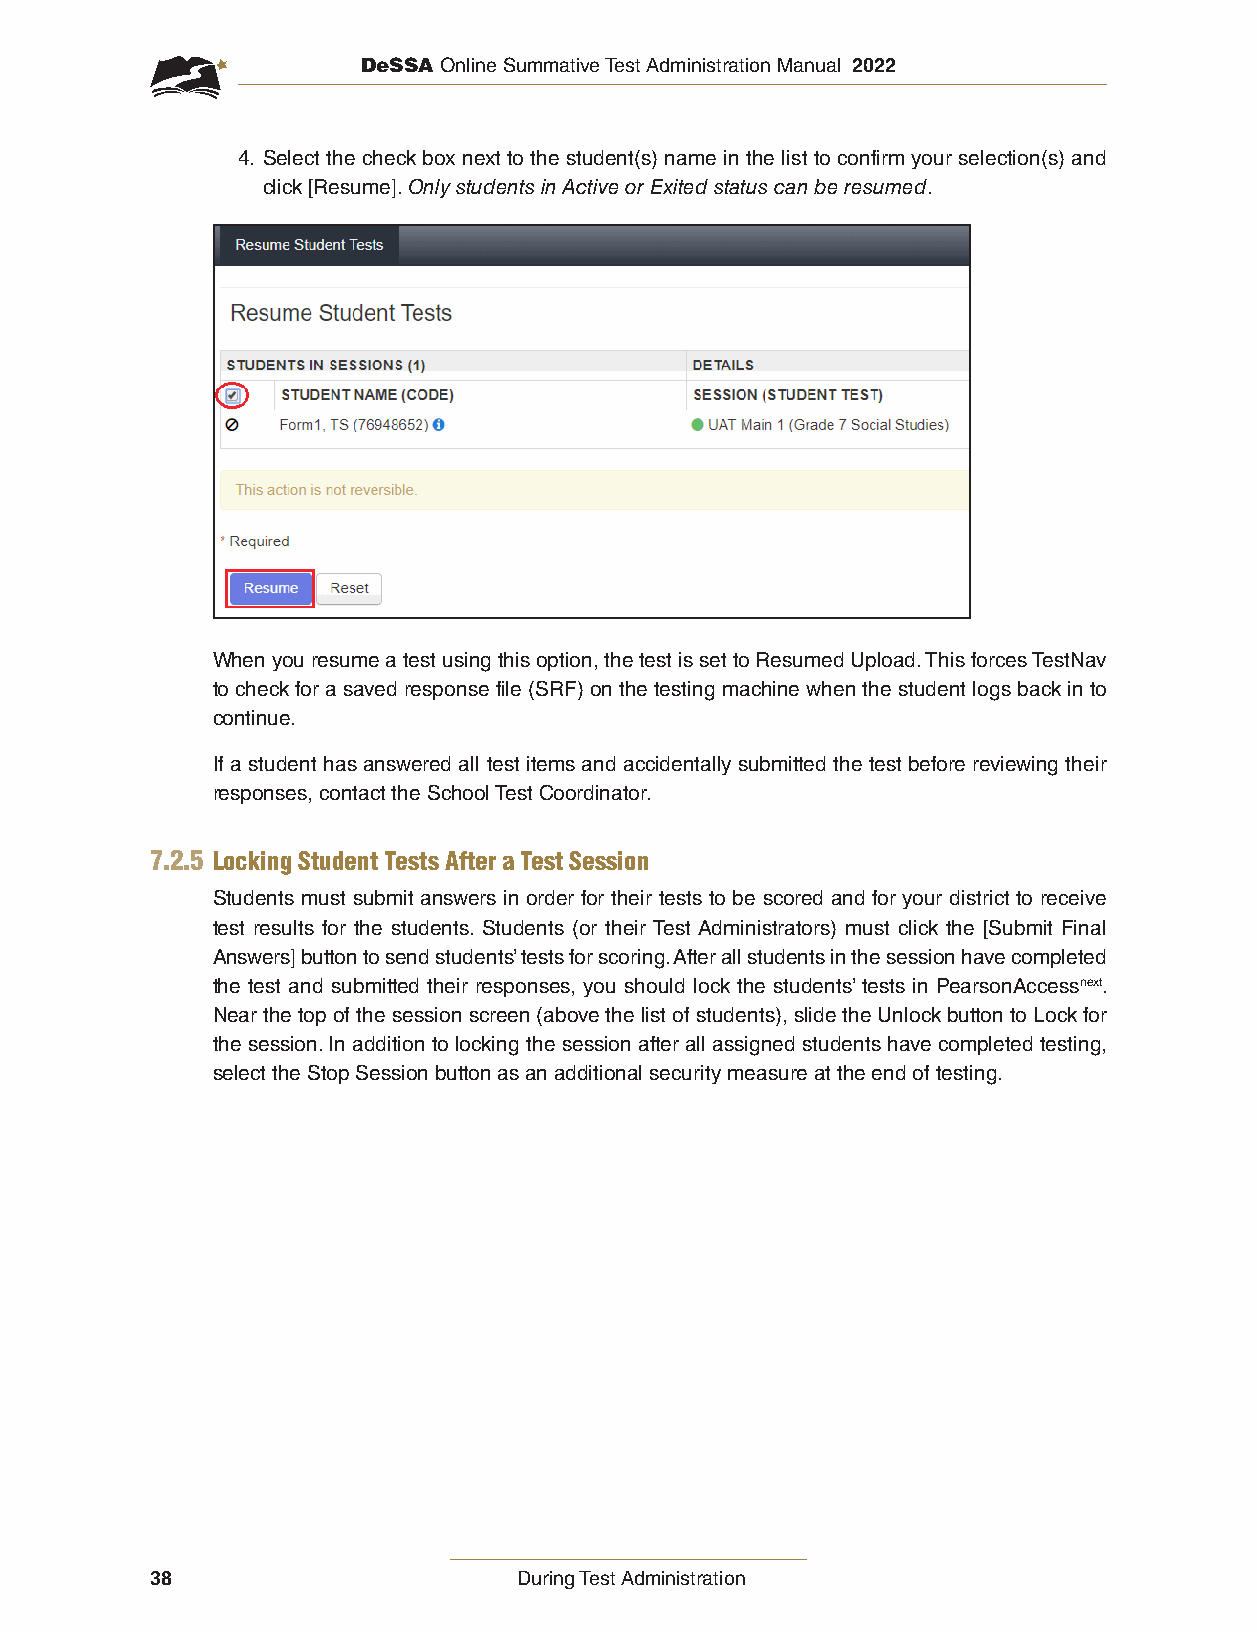
DeSSA Online Summative Test Administration Manual 2022
 4. Select the check box next to the student(s) name in the list to confirm your selection(s) and
 click [Resume]. Only students in Active or Exited status can be resumed.
 When you resume a test using this option, the test is set to Resumed Upload. This forces TestNav
 to check for a saved response file (SRF) on the testing machine when the student logs back in to
 continue.
 If a student has answered all test items and accidentally submitted the test before reviewing their
 responses, contact the School Test Coordinator.
 7.2.5 Locking Student Tests After a Test Session
 Students must submit answers in order for their tests to be scored and for your district to receive
 test results for the students. Students (or their Test Administrators) must click the [Submit Final
 Answers] button to send students’ tests for scoring. After all students in the session have completed
 the test and submitted their responses, you should lock the students’ tests in PearsonAccessnext.
 Near the top of the session screen (above the list of students), slide the Unlock button to Lock for
 the session. In addition to locking the session after all assigned students have completed testing,
 select the Stop Session button as an additional security measure at the end of testing.
 38                      During Test Administration